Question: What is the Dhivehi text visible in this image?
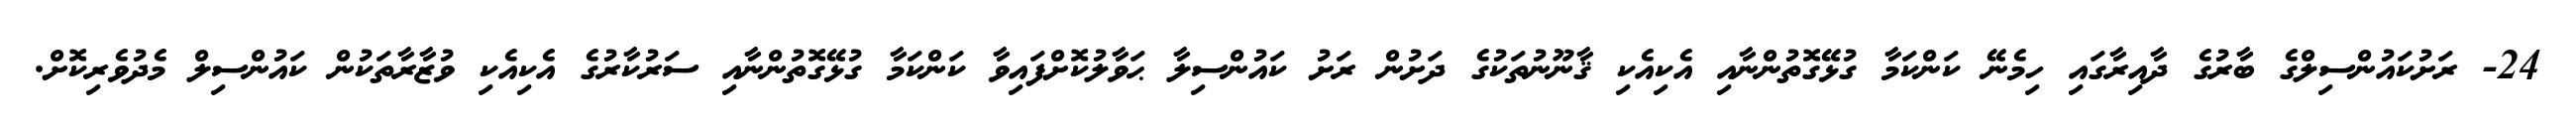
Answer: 24- ރަށުކައުންސިލްގެ ބާރުގެ ދާއިރާގައި ހިމެނޭ ކަންކަމާ ގުޅޭގޮތުންނާއި އެކިއެކި ޤާނޫނުތަކުގެ ދަށުން ރަށު ކައުންސިލާ ޙަވާލުކޮށްފައިވާ ކަންކަމާ ގުޅޭގޮތުންނާއި ސަރުކާރުގެ އެކިއެކި ވުޒާރާތަކުން ކައުންސިލް މެދުވެރިކޮށް.